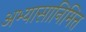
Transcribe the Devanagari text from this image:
अभ्यासानिमित्त